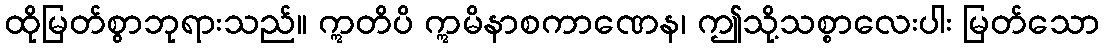
ထိုမြတ်စွာဘုရားသည်။ ဣတိပိ ဣမိနာစကာဏေန၊ ဤသို့သစ္စာလေးပါး မြတ်သော